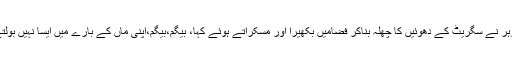
شوہر نے سگریٹ کے دھوئیں کا چھلہ بناکر فضامیں بکھیرا اور مسکراتے ہوئے کہا، بیگم،بیگم،اپنی ماں کے بارے میں ایسا نہیں بولتے۔